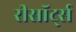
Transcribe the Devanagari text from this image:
रीसॉर्ट्स